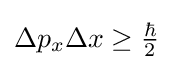
{\textstyle \Delta p_{x}\Delta x\geq {\frac {\hbar }{2}}}